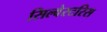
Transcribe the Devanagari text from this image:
सिल्वेस्टरिस